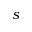
s